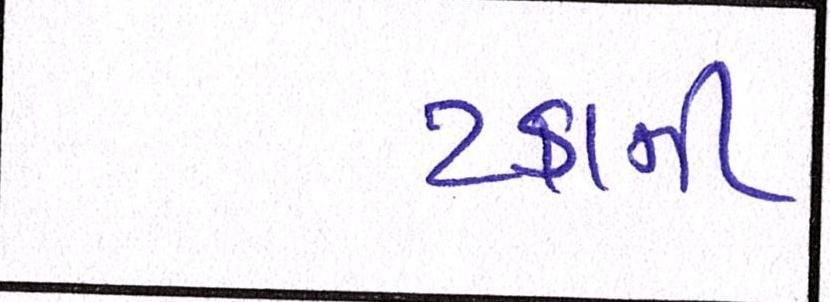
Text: ટકાની